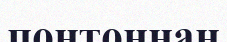
понтоннан